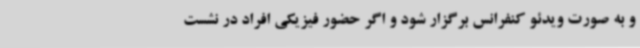
و به صورت ویدئو کنفرانس برگزار شود و اگر حضور فیزیکی افراد در نشست